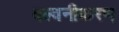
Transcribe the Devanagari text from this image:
बल्वनीकरण